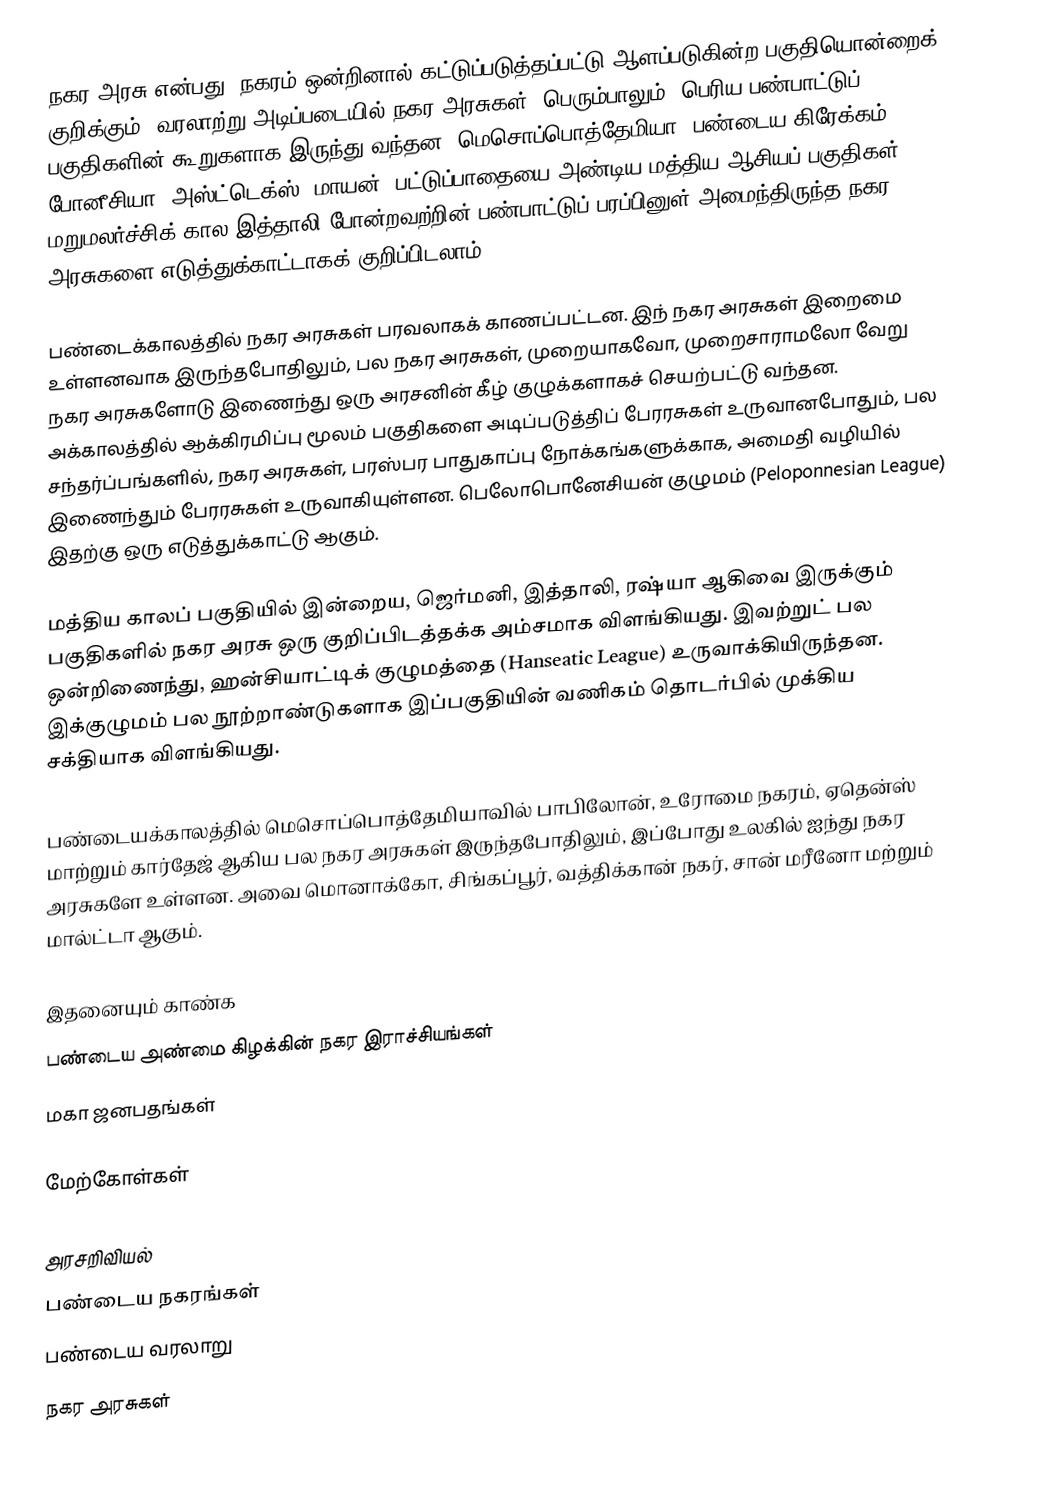
நகர அரசு என்பது, நகரம் ஒன்றினால் கட்டுப்படுத்தப்பட்டு ஆளப்படுகின்ற பகுதியொன்றைக் குறிக்கும். வரலாற்று அடிப்படையில் நகர அரசுகள், பெரும்பாலும், பெரிய பண்பாட்டுப் பகுதிகளின் கூறுகளாக இருந்து வந்தன. மெசொப்பொத்தேமியா, பண்டைய கிரேக்கம், போனீசியா, அஸ்ட்டெக்ஸ், மாயன், பட்டுப்பாதையை அண்டிய மத்திய ஆசியப் பகுதிகள், மறுமலர்ச்சிக் கால இத்தாலி போன்றவற்றின் பண்பாட்டுப் பரப்பினுள் அமைந்திருந்த நகர அரசுகளை எடுத்துக்காட்டாகக் குறிப்பிடலாம்.

பண்டைக்காலத்தில் நகர அரசுகள் பரவலாகக் காணப்பட்டன. இந் நகர அரசுகள் இறைமை உள்ளனவாக இருந்தபோதிலும், பல நகர அரசுகள், முறையாகவோ, முறைசாராமலோ வேறு நகர அரசுகளோடு இணைந்து ஒரு அரசனின் கீழ் குழுக்களாகச் செயற்பட்டு வந்தன. அக்காலத்தில் ஆக்கிரமிப்பு மூலம் பகுதிகளை அடிப்படுத்திப் பேரரசுகள் உருவானபோதும், பல சந்தர்ப்பங்களில், நகர அரசுகள், பரஸ்பர பாதுகாப்பு நோக்கங்களுக்காக, அமைதி வழியில் இணைந்தும் பேரரசுகள் உருவாகியுள்ளன. பெலோபொனேசியன் குழுமம் (Peloponnesian League) இதற்கு ஒரு எடுத்துக்காட்டு ஆகும்.

மத்திய காலப் பகுதியில் இன்றைய, ஜெர்மனி, இத்தாலி, ரஷ்யா ஆகிவை இருக்கும் பகுதிகளில் நகர அரசு ஒரு குறிப்பிடத்தக்க அம்சமாக விளங்கியது. இவற்றுட் பல ஒன்றிணைந்து, ஹன்சியாட்டிக் குழுமத்தை (Hanseatic League) உருவாக்கியிருந்தன. இக்குழுமம் பல நூற்றாண்டுகளாக இப்பகுதியின் வணிகம் தொடர்பில் முக்கிய சக்தியாக விளங்கியது.

பண்டையக்காலத்தில் மெசொப்பொத்தேமியாவில் பாபிலோன், உரோமை நகரம், ஏதென்ஸ் மாற்றும் கார்தேஜ் ஆகிய பல நகர அரசுகள் இருந்தபோதிலும், இப்போது உலகில் ஐந்து நகர அரசுகளே உள்ளன. அவை மொனாக்கோ, சிங்கப்பூர், வத்திக்கான் நகர், சான் மரீனோ மற்றும் மால்ட்டா ஆகும்.

இதனையும் காண்க
 பண்டைய அண்மை கிழக்கின்  நகர இராச்சியங்கள்
 மகா ஜனபதங்கள்

மேற்கோள்கள்

அரசறிவியல்
பண்டைய நகரங்கள்
பண்டைய வரலாறு
நகர அரசுகள்